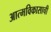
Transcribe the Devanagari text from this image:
आत्मविकासाची